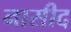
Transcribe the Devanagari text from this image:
नासीद